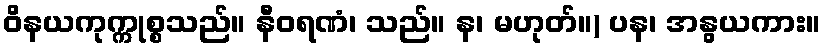
ဝိနယကုက္ကုစ္စသည်။ နီဝရဏံ၊ သည်။ န၊ မဟုတ်။) ပန၊ အနွယကား။